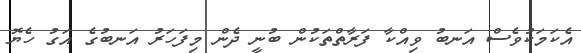
އެކަމަކުވެސް އަނބު ވިއްކާ ފަރާތްތަކުން ބުނީ ދެން މިފަހަރު އަނބުގެ އަގު ހެޔޮ